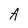
Character: A